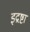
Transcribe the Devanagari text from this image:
इद्रष्टा